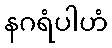
နဂရံပါဟံ